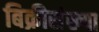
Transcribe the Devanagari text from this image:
बिक्रीसंख्या